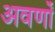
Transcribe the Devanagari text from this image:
अवर्णों